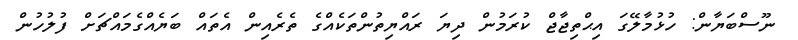
ނޫސްބަޔާން: ހުޅުމާލޭގަ އިޙްތިޖާޖް ކުރަމުން ދިޔަ ރައްޔިތުންތަކެއްގެ ތެރެއިން އެތައް ބަޔެއްގެމައްޗަށް ފުލުހުން